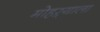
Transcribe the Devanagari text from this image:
मोहऱ्याला